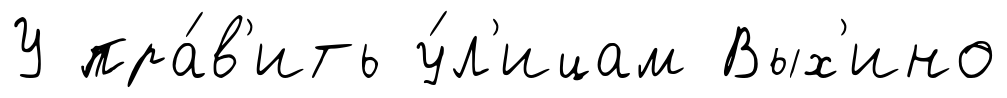
У пра́в'ить у́л'ицам Вых'ино